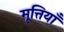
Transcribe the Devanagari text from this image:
मूत्तियाँ